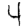
Digit: 4